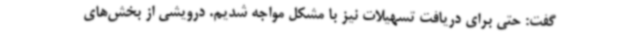
گفت: حتی برای دریافت تسهیلات نیز با مشکل مواجه شدیم. درویشی از بخش‌های